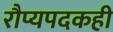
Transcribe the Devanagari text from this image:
रौप्यपदकही